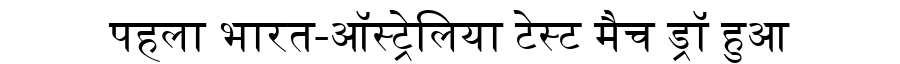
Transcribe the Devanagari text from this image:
पहला भारत-ऑस्ट्रेलिया टेस्ट मैच ड्रॉ हुआ